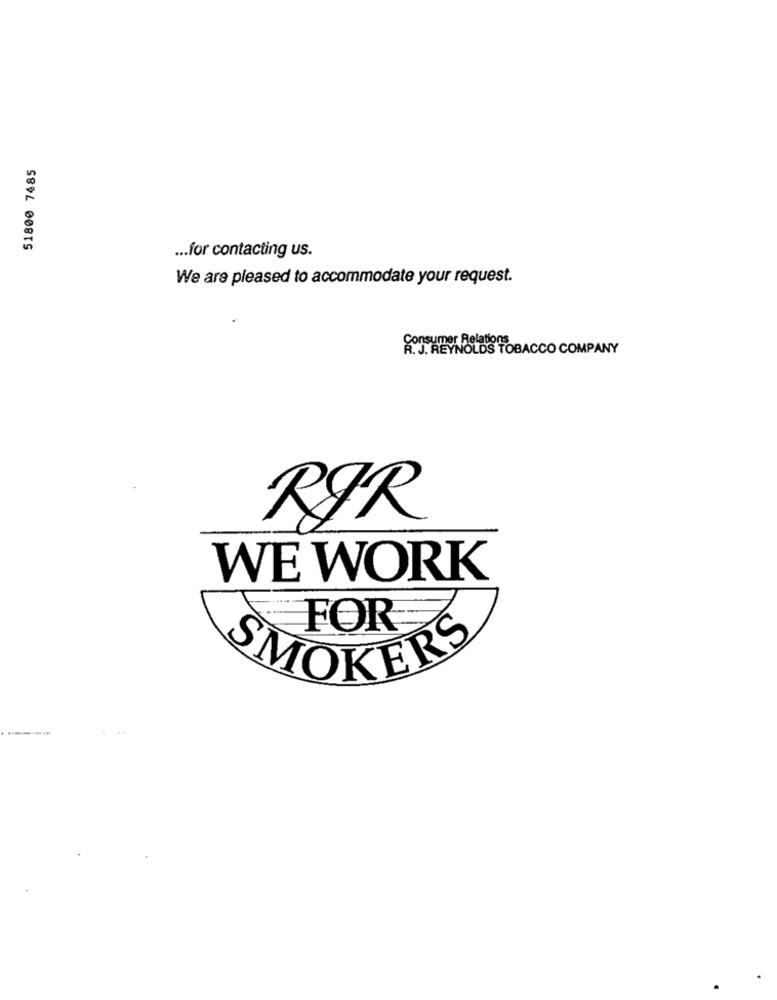
51800 7485
... for contacting us.
We are pleased to accommodate your request.
Consumer Relations
R. J. REYNOLDS TOBACCO COMPANY
RIR
WE WORK
FOR
SMOKERS